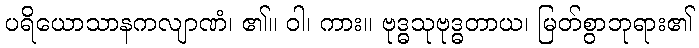
ပရိယောသာနကလျာဏံ၊ ၏။ ဝါ၊ ကား။ ဗုဒ္ဓသုဗုဒ္ဓတာယ၊ မြတ်စွာဘုရား၏